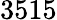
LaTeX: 3515